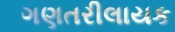
ગણતરીલાયક